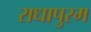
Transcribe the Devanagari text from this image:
राधापुरम